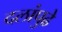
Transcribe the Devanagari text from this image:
दलांपुढे